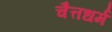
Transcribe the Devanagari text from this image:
चैत्तधर्म